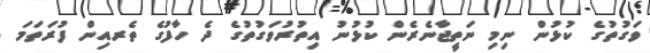
ވަގުތުގެ ކުޅުން ނިމި ނަތީޖާނެރެން ކުޅުނު އިތުރުވަގުތުގެ ދެ ހާފުގެ ތެރއިން ފުރަތަމަ